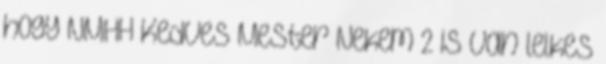
hogy NMHH Kedves Mester Nekem 2 is van lelkes